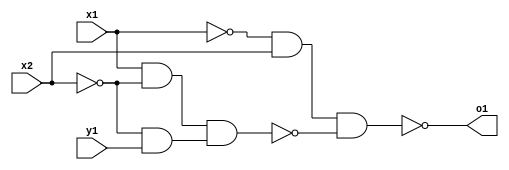
// test verilog file
module factorization8_simplified (y1,x1,x2,o1);
input x1;
input x2;
input y1;
wire n1;
wire n2;
wire n3;
wire n4;
wire n5;
output o1;
assign n1 =  ~x1 & x2;
assign n2 =  x1 & ~x2;
assign n3 = ~x2 & y1;
assign n4 = n2 & n3;
assign n5 = n1 & ~n4;
assign o1 = ~n5;
endmodule